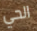
الحي